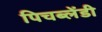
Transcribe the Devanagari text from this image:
पिचब्लेंडी